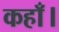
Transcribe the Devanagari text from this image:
कहाँ।